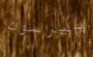
بيرسون